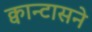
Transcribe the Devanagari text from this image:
क्वान्टासने